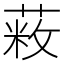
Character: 𦷥